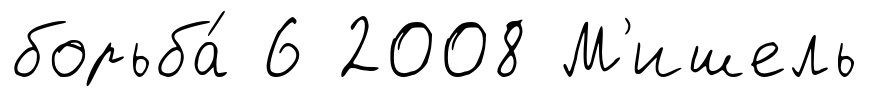
борьба́ 6 2008 М'ишель